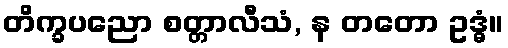
တိက္ခပညော စတ္တာလီသံ, န တတော ဥဒ္ဓံ။